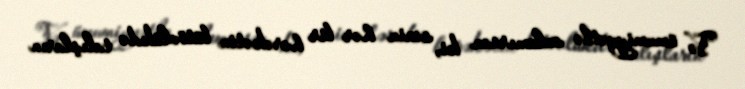
Və ümumiyyətlə anlamırsan ki, sənin hər bir hərəkətin bütövlükdə talışların